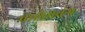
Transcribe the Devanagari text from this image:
पालेमबंग